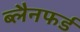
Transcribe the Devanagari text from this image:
ब्लैनफर्ड